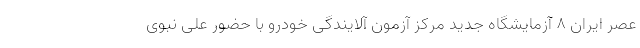
عصر ایران ۸ آزمایشگاه جدید مرکز آزمون آلایندگی خودرو با حضور علی نبوی